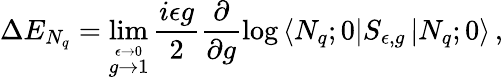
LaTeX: \Delta E_{N_{q}}=\operatorname*{lim}_{\stackrel{\epsilon\rightarrow 0}{g\rightarrow 1}}\frac{i\epsilon g}{2}\frac{\partial}{\partial g}\log\left<N_{q};0\right|S_{\epsilon,g}\left|N_{q};0\right>\, ,